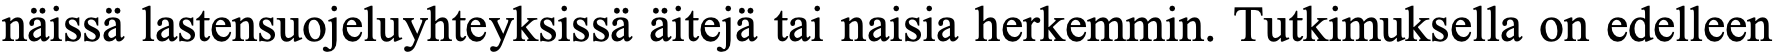
näissä lastensuojeluyhteyksissä äitejä tai naisia herkemmin. Tutkimuksella on edelleen